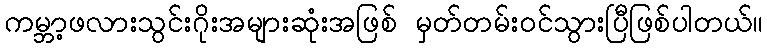
ကမ္ဘာ့ဖလားသွင်းဂိုးအများဆုံးအဖြစ် မှတ်တမ်းဝင်သွားပြီဖြစ်ပါတယ်။